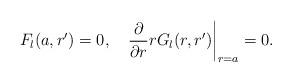
LaTeX: \begin{align*}F_l(a,r')=0,\quad {\partial\over\partial r}rG_l(r,r')\bigg|_{r=a}=0.\end{align*}